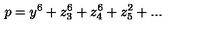
p = y ^ { 6 } + z _ { 3 } ^ { 6 } + z _ { 4 } ^ { 6 } + z _ { 5 } ^ { 2 } + . . .